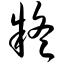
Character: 疑